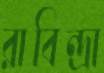
রাবিন্দ্রা